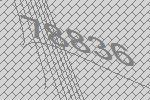
78836